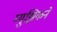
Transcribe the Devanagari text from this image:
म्युझिकने